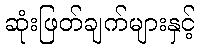
ဆုံးဖြတ်ချက်များနှင့်